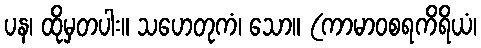
ပန၊ ထိုမှတပါး။ သဟေတုကံ၊ သော။ (ကာမာဝစရကိရိယံ၊